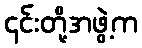
၎င်းတို့အဖွဲ့က